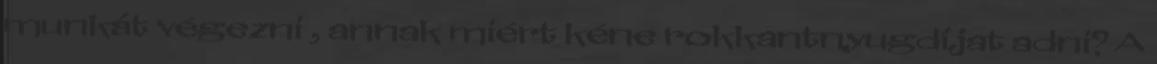
munkát végezni , annak miért kéne rokkantnyugdíjat adni? A